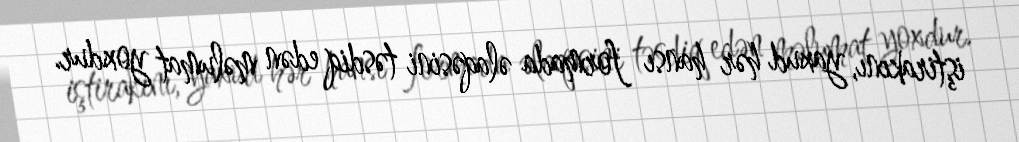
iştirakını, yaxud hər hansı formada əlaqəsini təsdiq edən məlumat yoxdur.